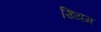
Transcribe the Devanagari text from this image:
ख्यिम